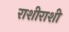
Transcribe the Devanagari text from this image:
राशीराशी